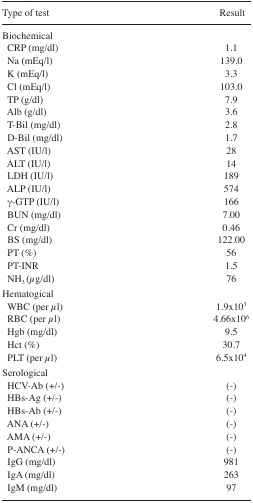
<table><thead><tr><td><b>Type of test</b></td><td><b>Result</b></td></tr></thead><tbody><tr><td>Biochemical</td><td></td></tr><tr><td>CRP (mg/dl)</td><td>1.1</td></tr><tr><td>Na (mEq/l)</td><td>139.0</td></tr><tr><td>K (mEq/l)</td><td>3.3</td></tr><tr><td>Cl (mEq/l)</td><td>103.0</td></tr><tr><td>TP (g/dl)</td><td>7.9</td></tr><tr><td>Alb (g/dl)</td><td>3.6</td></tr><tr><td>T-Bil (mg/dl)</td><td>2.8</td></tr><tr><td>D-Bil (mg/dl)</td><td>1.7</td></tr><tr><td>AST (IU/l)</td><td>28</td></tr><tr><td>ALT (IU/l)</td><td>14</td></tr><tr><td>LDH (IU/l)</td><td>189</td></tr><tr><td>ALP (IU/l)</td><td>574</td></tr><tr><td>γ-GTP (IU/l)</td><td>166</td></tr><tr><td>BUN (mg/dl)</td><td>7.00</td></tr><tr><td>Cr (mg/dl)</td><td>0.46</td></tr><tr><td>BS (mg/dl)</td><td>122.00</td></tr><tr><td>PT (%)</td><td>56</td></tr><tr><td>PT-INR</td><td>1.5</td></tr><tr><td>NH<sub>3</sub> (<i>μ</i>g/dl)</td><td>76</td></tr><tr><td>Hematogical</td><td></td></tr><tr><td>WBC (per <i>μ</i>l)</td><td>1.9×10<sup>3</sup></td></tr><tr><td>RBC (per <i>μ</i>l)</td><td>4.66×10<sup>6</sup></td></tr><tr><td>Hgb (mg/dl)</td><td>9.5</td></tr><tr><td>Hct (%)</td><td>30.7</td></tr><tr><td>PLT (per <i>μ</i>l)</td><td>6.5×10<sup>4</sup></td></tr><tr><td>Serological</td><td></td></tr><tr><td>HCV-Ab (+/-)</td><td>(-)</td></tr><tr><td>HBs-Ag (+/-)</td><td>(-)</td></tr><tr><td>HBs-Ab (+/-)</td><td>(-)</td></tr><tr><td>ANA (+/-)</td><td>(-)</td></tr><tr><td>AMA (+/-)</td><td>(-)</td></tr><tr><td>P-ANCA (+/-)</td><td>(-)</td></tr><tr><td>IgG (mg/dl)</td><td>981</td></tr><tr><td>IgA (mg/dl)</td><td>263</td></tr><tr><td>IgM (mg/dl)</td><td>97</td></tr></tbody></table>